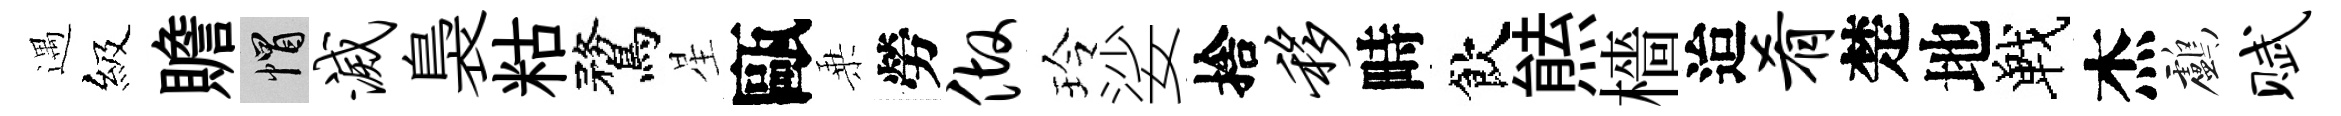
遇級贍帽灭裊䊀鶩星甌乗勞做玲娑捨移畤飲㷱檣迨肴楚地戰杰鸕赋